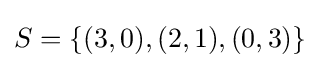
S={\{(3,0),(2,1),(0,3)}\}